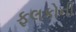
ફલકોની